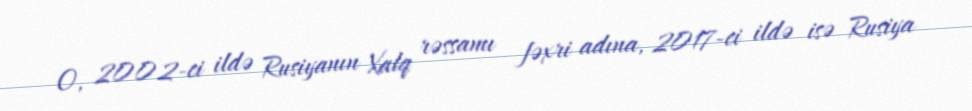
O, 2002-ci ildə Rusiyanın Xalq rəssamı fəxri adına, 2017-ci ildə isə Rusiya